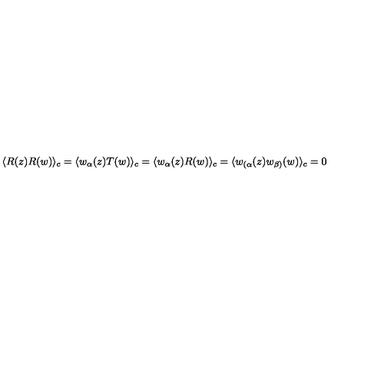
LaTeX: \langle R ( z ) R ( w ) \rangle _ { c } = \langle w _ { \alpha } ( z ) T ( w ) \rangle _ { c } = \langle w _ { \alpha } ( z ) R ( w ) \rangle _ { c } = \langle w _ { ( \alpha } ( z ) w _ { \beta ) } ( w ) \rangle _ { c } = 0